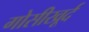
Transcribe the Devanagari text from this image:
गोसीखूर्द